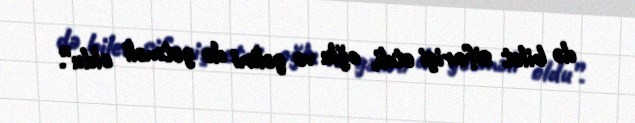
də bilet sifarişi etdi, oğlu və gəlini də getməli oldu”.